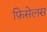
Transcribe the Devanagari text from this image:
फ़िसेलस